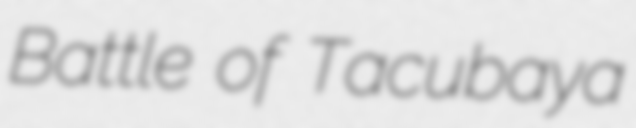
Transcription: Battle of Tacubaya